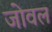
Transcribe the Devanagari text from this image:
जोवल